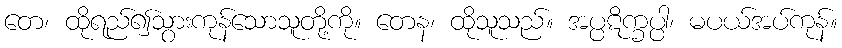
တေ၊ ထိုရည်၍သွားကုန်သောသူတို့ကို။ တေန၊ ထိုသူသည်။ အပ္ပဋိက္ခပ္ပါ၊ မပယ်အပ်ကုန်။